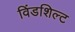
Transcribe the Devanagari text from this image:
विंडशिल्ट